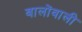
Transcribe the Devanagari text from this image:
बालोंवाली